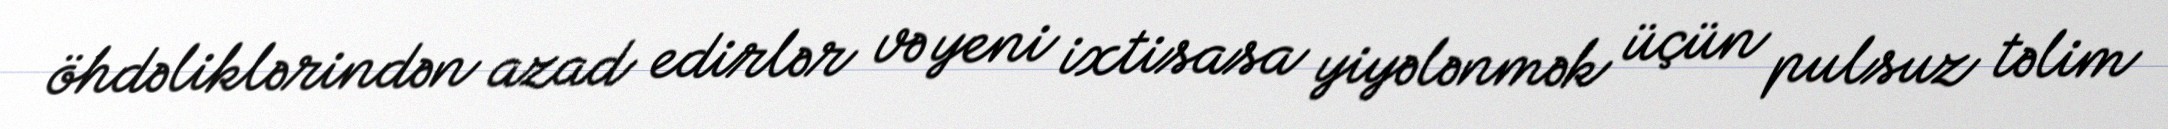
öhdəliklərindən azad edirlər və yeni ixtisasa yiyələnmək üçün pulsuz təlim